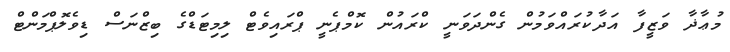
މުޢާޛާ ވަޒީފާ އަދާކުރައްވަމުން ގެންދަވަނީ ކްރައުން ކޮމްޕެނީ ޕްރައިވެޓް ލިމިޓަޑްގެ ބިޒްނަސް ޑިވެލޮޕްމަންޓް